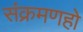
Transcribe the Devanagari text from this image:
संक्रमणहो